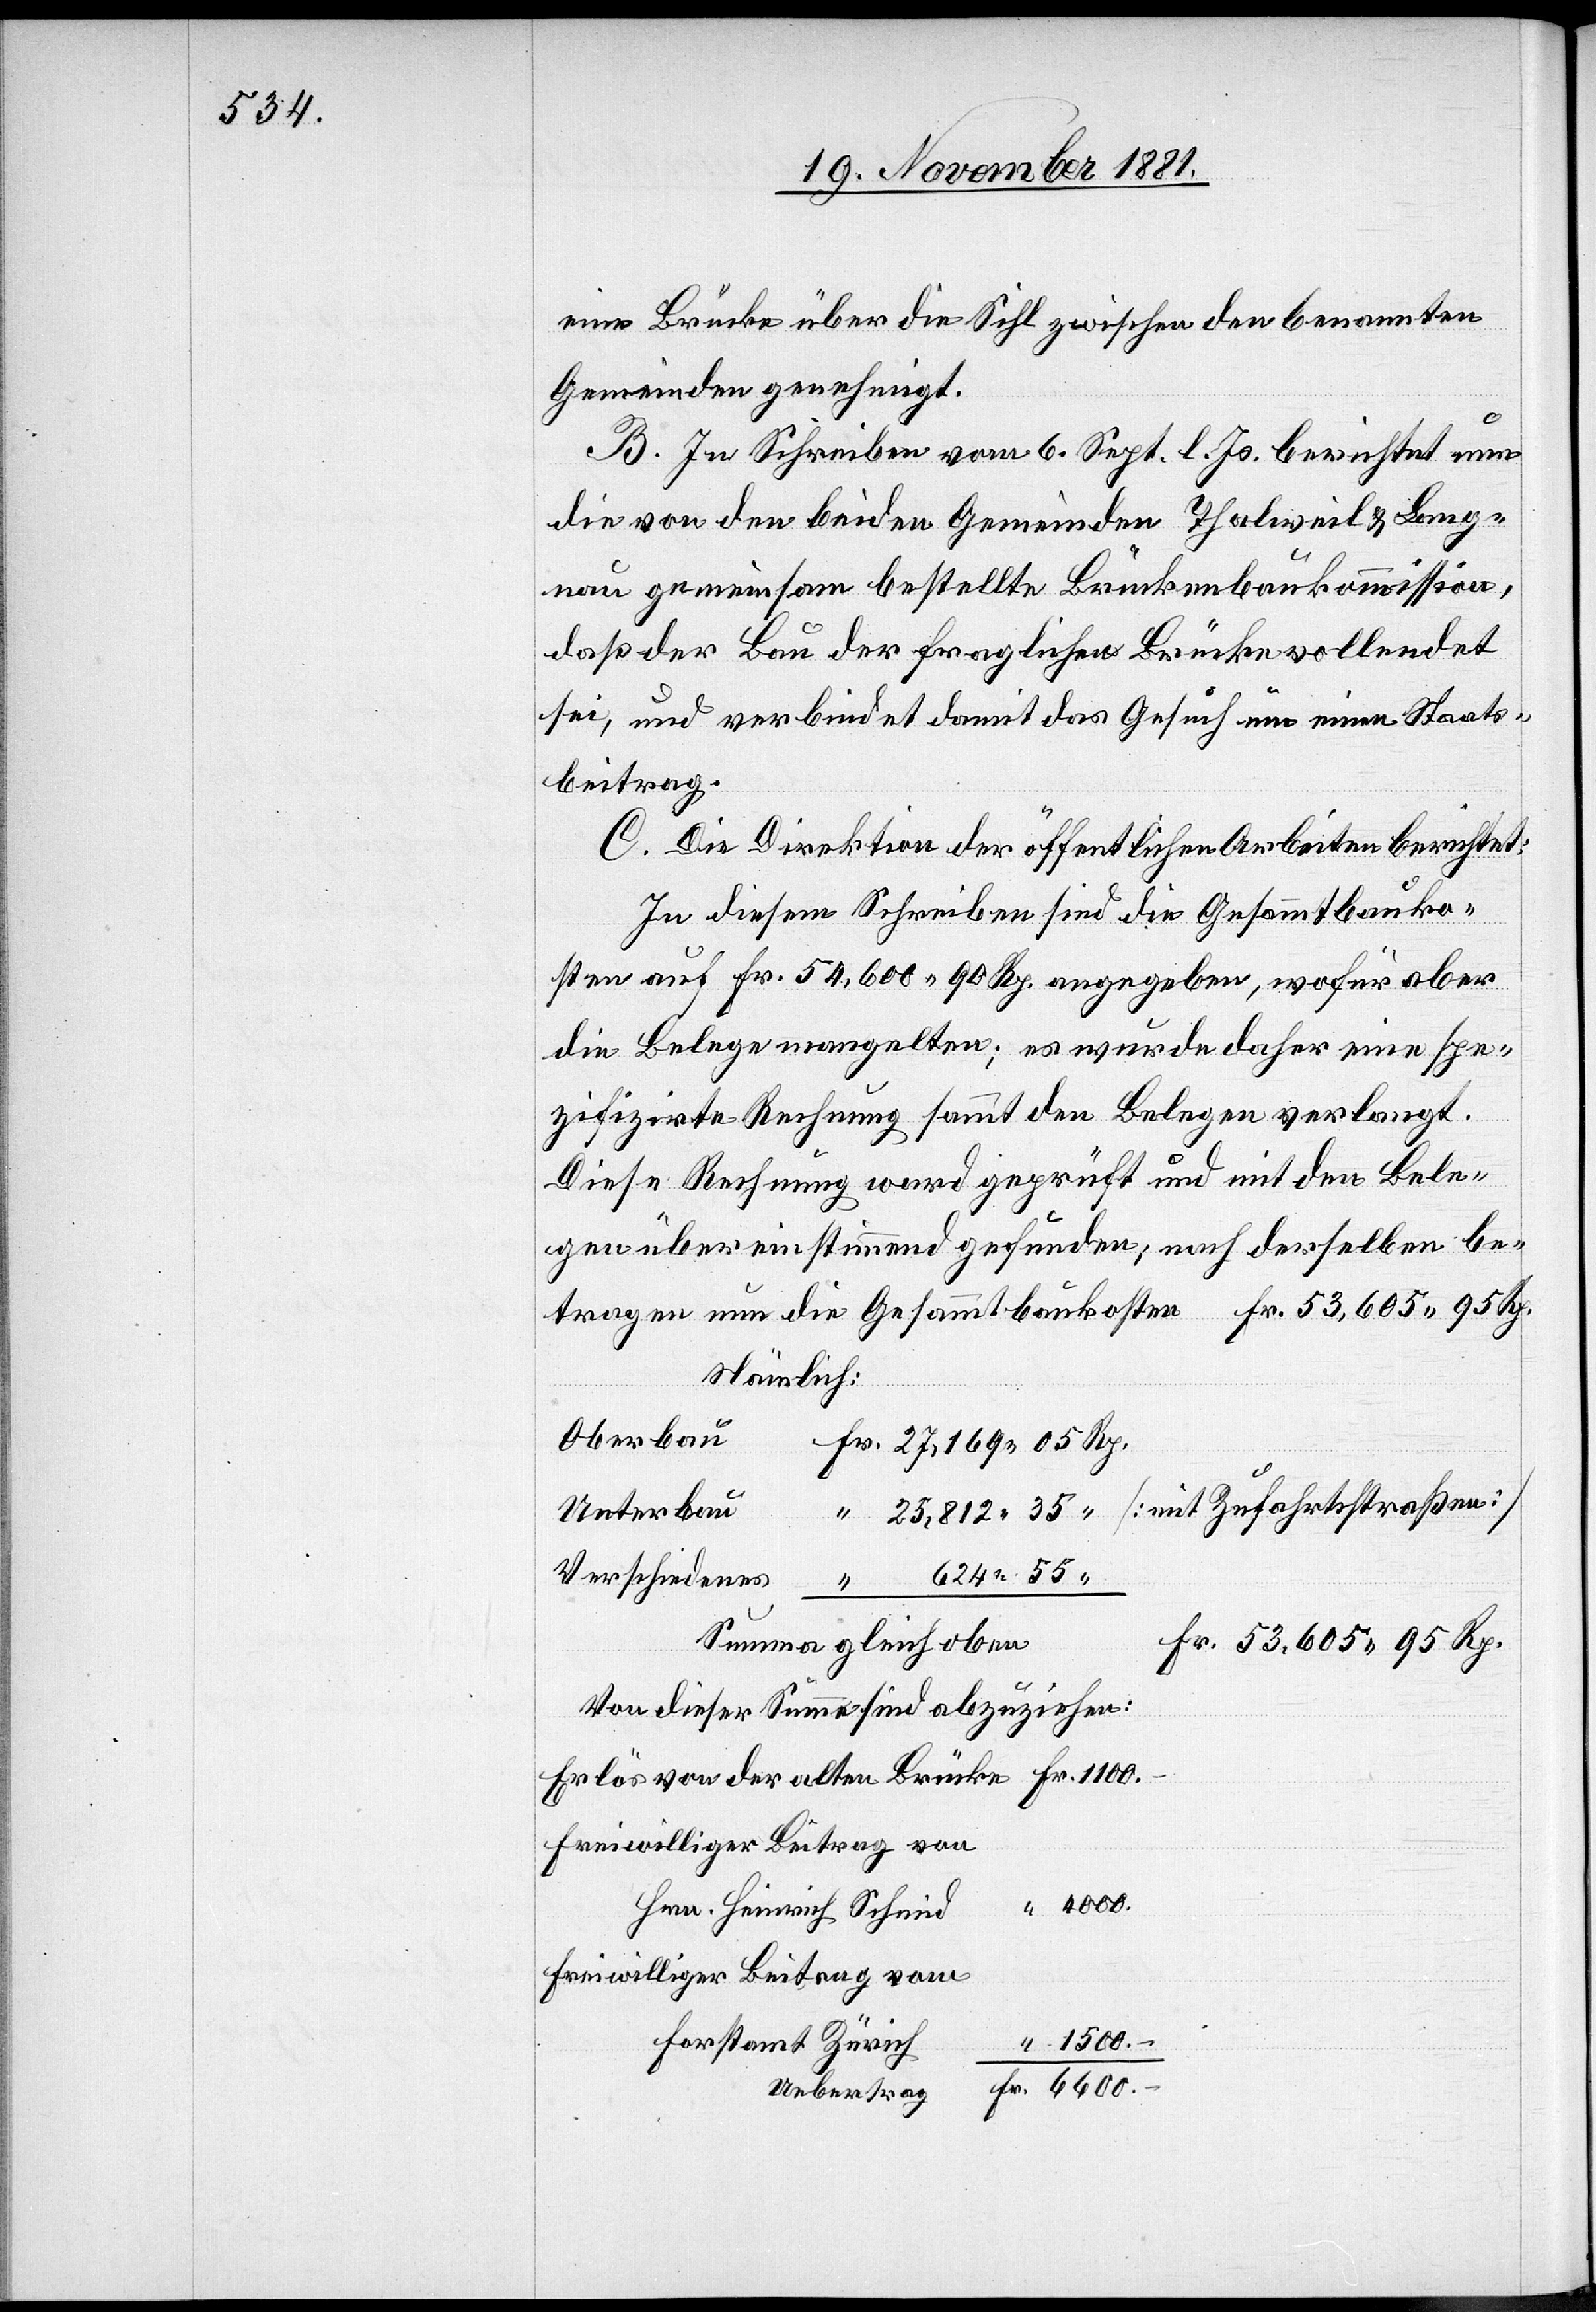
eine Brücke über die Sihl zwischen den benannten
Gemeinden genehmigt.
B. In Schreiben vom 6. Sept. l. Js. berichtet nun
die von den beiden Gemeinden Thalweil & Lang¬
nau gemeinsam bestellte Brückenbaukommission,
daß der Bau der fraglichen Brücke vollendet
sei, und verbindet damit das Gesuch um einen Staats¬
beitrag.
C. Die Direktion der öffentlichen Arbeiten berichtet:
In diesem Schreiben sind die Gesammtbauko¬
sten auf Fr. 54,600 90 Rp. angegeben, wofür aber
die Belege mangelten; es wurde daher eine spe¬
zifizirte Rechnung sammt den Belegen verlangt.
Diese Rechnung ward geprüft und mit den Bele¬
gen übereinstimmend gefunden; nach derselben be¬
tragen nun die Gesammtbaukosten				Fr. 53,605 95 Rp.
Nämlich:
r. 27,169 05 Rp.
[mit Zufahrtsstraßen]
Unterbau
35
624 55
Verschiedenes	 “
gleich
53,605 95 Rp.
Von dieser Summe sind abzuziehen:
Erlös von der alten Brücke	Fr. 1100.
freiwilliger Beitrag von
“ 4000.
Hrn. Heinrich Schmid
freiwilliger Beitrag vom
Forstamt Zürich
“ 1500.